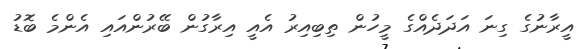
އީރާނުގެ ގިނަ އަދަދެއްގެ މީހުން ތިބިއިރު އެއީ އިރާގުން ބޭރުންއައި އެންމެ ބޮޑު